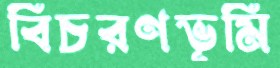
বিচরণভূমি